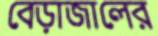
বেড়াজালের